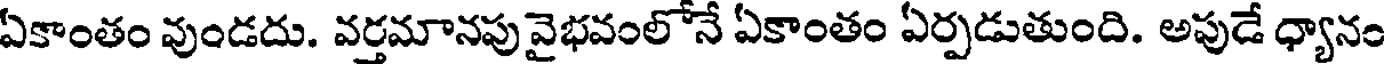
ఏకాంతం వుండదు. వర్తమానపువైభవంలోనే ఏకాంతం ఏర్పడుతుంది. అపుడే ధ్యానం